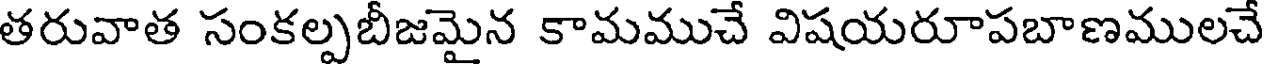
తరువాత సంకల్పబీజమైన కామముచే విషయరూపబాణములచే